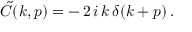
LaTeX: \tilde { C } ( k , p ) = - \, 2 \, i \, k \, \delta ( k + p ) \, .